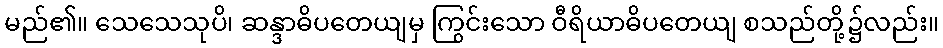
မည်၏။ သေသေသုပိ၊ ဆန္ဒာဓိပတေယျမှ ကြွင်းသော ဝီရိယာဓိပတေယျ စသည်တို့၌လည်း။